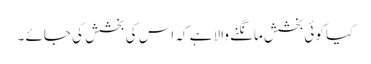
کیا کوئی بخشش مانگنے والا ہے کہ اس کی بخشش کی جائے ۔